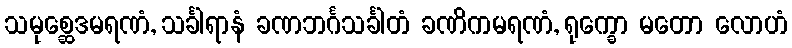
သမုစ္ဆေဒမရဏံ, သင်္ခါရာနံ ခဏဘင်္ဂသင်္ခါတံ ခဏိကမရဏံ, ရုက္ခော မတော လောဟံ